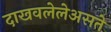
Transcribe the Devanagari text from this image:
दाखवलेलेअसते